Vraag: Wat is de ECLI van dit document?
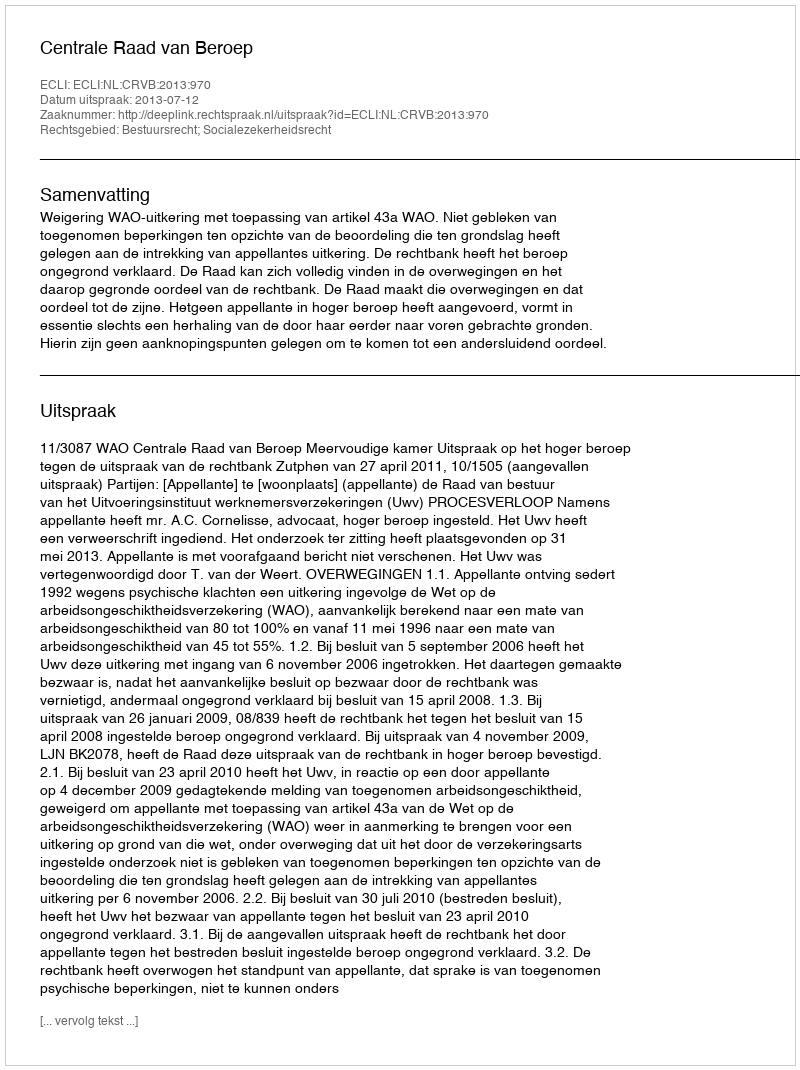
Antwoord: ECLI:NL:CRVB:2013:970